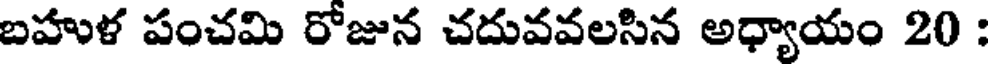
బహుళ పంచమి రోజున చదువవలసిన అధ్యాయం 20 :